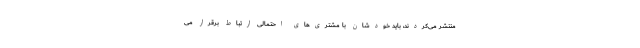
منتشر می‌کردند، باید خودشان با مشتری‌های احتمالی ارتباط برقرار می